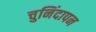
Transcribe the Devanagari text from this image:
चुनिंदापन